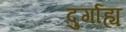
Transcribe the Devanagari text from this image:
दुर्गाह्य